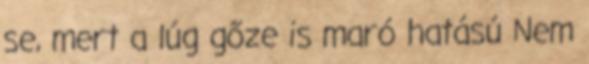
se, mert a lúg gőze is maró hatású Nem